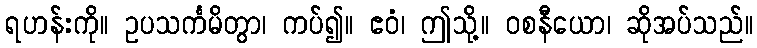
ရဟန်းကို။ ဥပသင်္ကမိတွာ၊ ကပ်၍။ ဧဝံ၊ ဤသို့။ ဝစနီယော၊ ဆိုအပ်သည်။